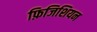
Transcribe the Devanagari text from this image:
फ़िजिशियन